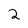
Character: 2